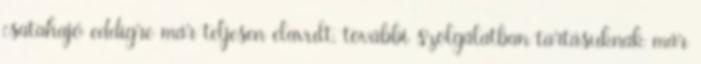
csatahajó eddigre már teljesen elavult, további szolgálatban tartásuknak már